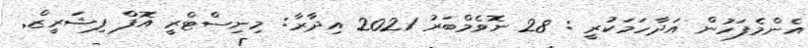
އެންމެފަހުން އަދާހަމަކުރީ : 28 ނޮވެމްބަރު 2021 އިދާރާ: މިނިސްޓްރީ އޮފް ފިޝަރީޒް